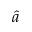
\hat { a }